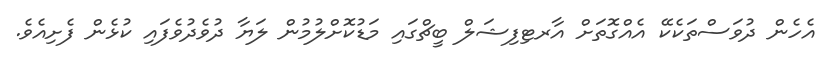
އެހެން ދުވަސްތަކެކޭ އެއްގޮތަށް އާރޓިފިޝަލް ބީޗްގައި މަޑުކޮށްލުމުން ލަޔާ ދުވެދުވެފައި ކުޅެން ފެށިއެވެ.